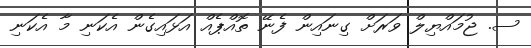
ސ. ޖުމައްޔިލް ވަރަށް ގިނައިން ފެނޭ ތޮއްޕެއް އަޅައިގެން އެކަނި މާ އެކަނި